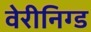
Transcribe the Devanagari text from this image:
वेरीनिग्ड